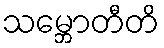
သမ္ဘောတီတိ